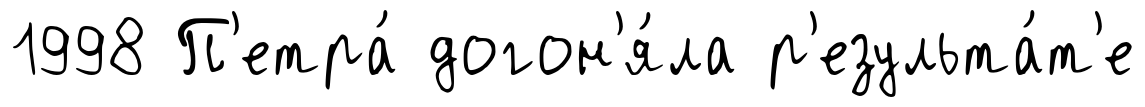
1998 П'етра́ догон'я́ла р'езульта́т'е